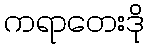
ကရာတေးဒို